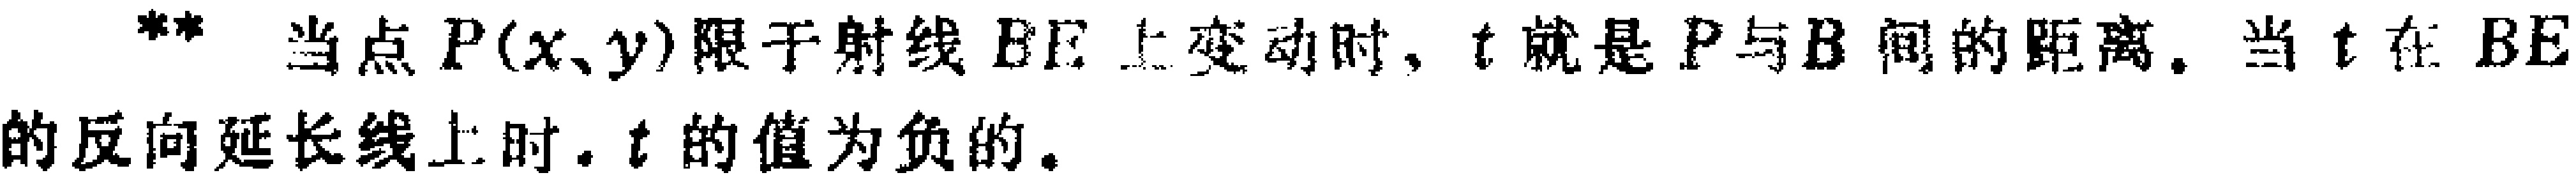
** 当点\(P(x,y)\)限于射线 \(BE\) 上变动时, \(t\) 就是 \(P\) 与 \(B\) 间的距离. 当 \(t\) 在 \(BE\) 的反向延长线上时, \(t\) 的值为负的.